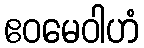
ဧဝမေဝါဟံ